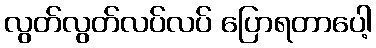
လွတ်လွတ်လပ်လပ် ပြောရတာပေါ့